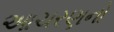
આચરણનો